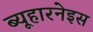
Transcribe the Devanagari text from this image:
ब्यूहारनेइस